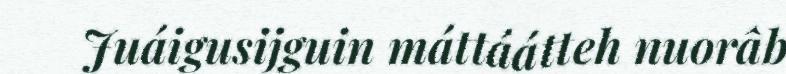
Juáigusijguin máttáátteh nuorâb